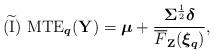
LaTeX: \begin{align*}\mathrm{(\widetilde{I})}~\mathrm{MTE}_{\boldsymbol{q}}(\mathbf{Y})&=\boldsymbol{\mu}+\frac{\mathbf{\Sigma}^{\frac{1}{2}}\boldsymbol{\delta}}{\overline{F}_{\mathbf{Z}}(\boldsymbol{\xi_{q}})},\end{align*}